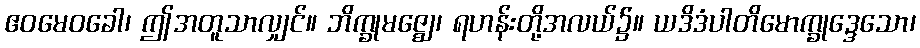
ဧဝမေဝခေါ၊ ဤအတူသာလျှင်။ ဘိက္ခုမဇ္ဈေ၊ ရဟန်းတို့အလယ်၌။ ယဒိဒံပါတိမောက္ခုဒ္ဒေသော၊